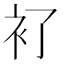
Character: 𧘈